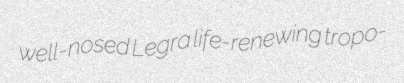
well-nosed Legra life-renewing tropo-